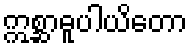
ဣစ္ဆာဓူပါယိတော